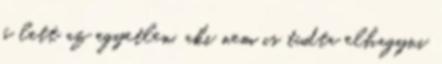
ő lett az egyetlen, aki nem is tudta elhagyni